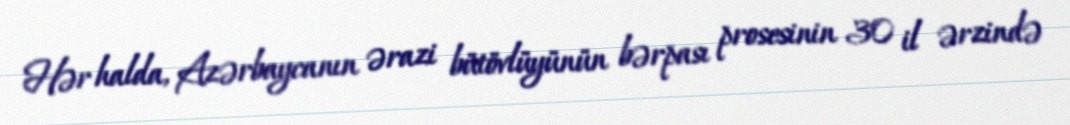
Hər halda, Azərbaycanın ərazi bütövlüyünün bərpası prosesinin 30 il ərzində